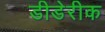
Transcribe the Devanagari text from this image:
डीडेरीक